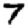
Digit: 7